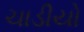
ચાડીયો